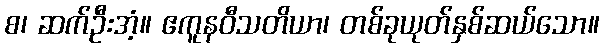
စ၊ ဆက်ဦးအံ့။ ဧကူနဝီသတိယာ၊ တစ်ခုယုတ်နှစ်ဆယ်သော။